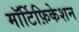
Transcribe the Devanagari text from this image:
मॉर्टिफ़िकेशन